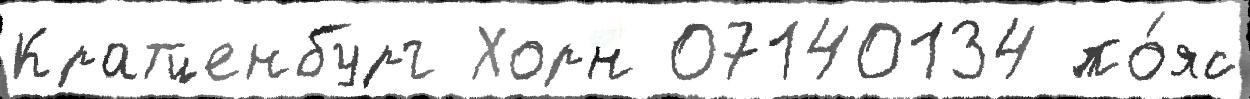
Кратценбург Хорн 07140134 по́яс